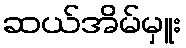
ဆယ်အိမ်မှူး